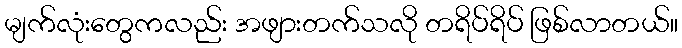
မျက်လုံးတွေကလည်း အဖျားတက်သလို တရိပ်ရိပ် ဖြစ်လာတယ်။